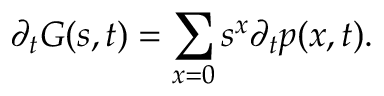
\partial _ { t } G ( s , t ) = \sum _ { x = 0 } s ^ { x } \partial _ { t } p ( x , t ) .